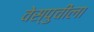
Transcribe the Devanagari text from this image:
वेस्पुचीला